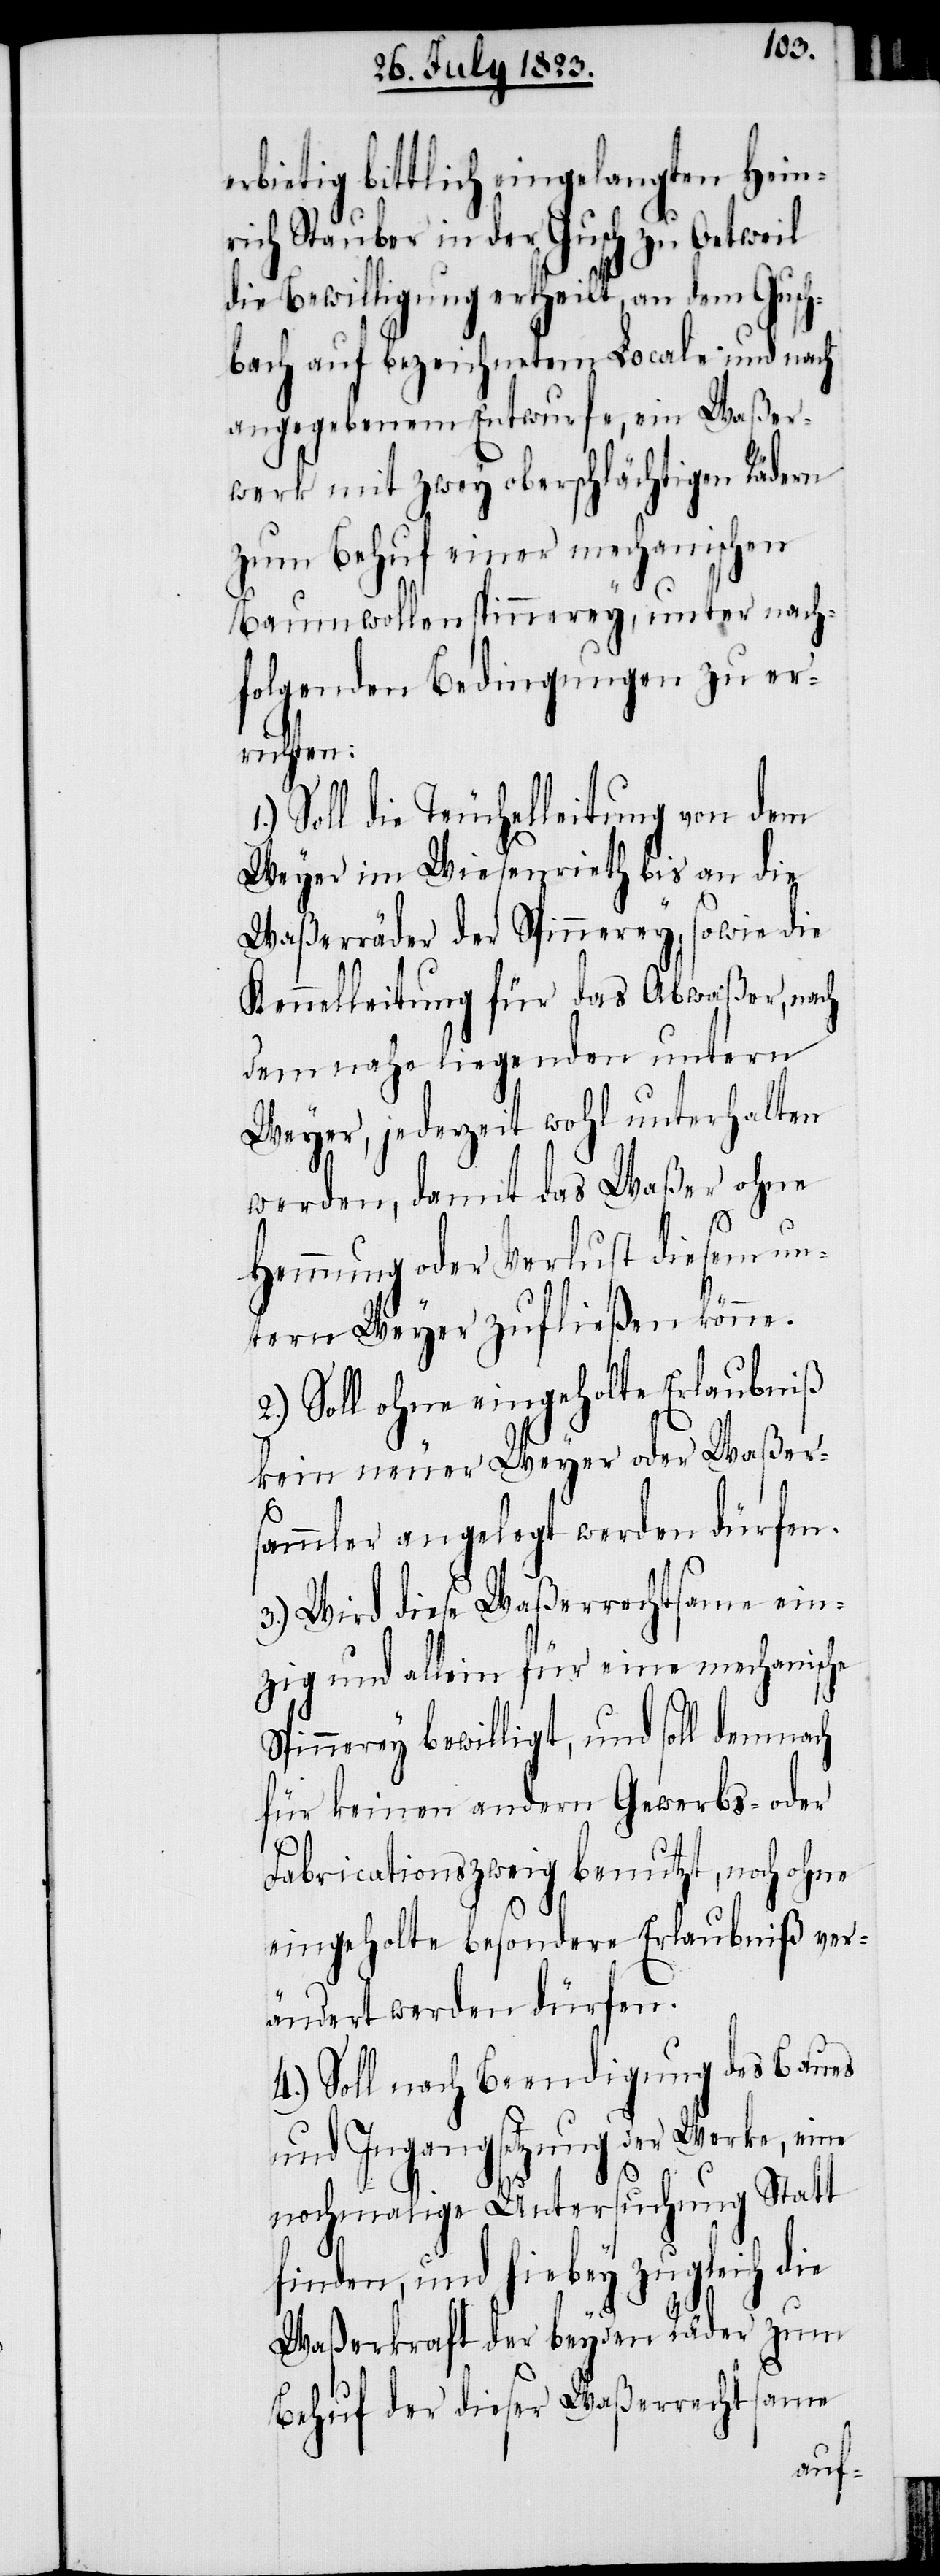
erbietig bittlich eingelangten Hein¬
rich Stauber in der Gusch zu Oetweil
die Bewilligung ertheilt, an dem Gusch¬
bach auf bezeichnetem Locale und nach
angegebenem Entwurfe, ein Waßer¬
werk mit zwey oberschlächtigen Rädern
zum Behuf einer mechanischen
Baumwollenspinnerey, unter nac¬
hfolgenden Bedingungen zu er¬
richten:
Soll die Teuchelleitung von dem
Weyer im Wiesenrieth bis an die
Waßerräder der Spinnerey, sowie die
Kennelleitung für das Abwaßer, nach
dem nahe liegenden untern
Weyer, jederzeit wohl unterhalten
werden, damit das Waßer ohne
Hemmung oder Verlust diesem un¬
tern Weyer zufließen könne.
2.) Soll ohne eingeholte Erlaubniß
kein neuer Weyer oder Waßer¬
sammler angelegt werden dürfen.
3.) Wird diese Waßerrechtsame ein¬
zig und allein für eine mechanische
Spinnerey bewilligt, und soll demnach
für keinen andern Gewerbs- oder
Fabricationszweig benutzt, noch ohne
eingeholte besondere Erlaubniß ver¬
ändert werden dürfen.
4.) Soll nach Beendigung des Baues
und Ingangsetzung der Werke, eine
nochmalige Untersuchung Statt
finden, und hiebey zugleich die
Waßerkraft der beyden Räder zum
Behuf der dieser Waßerrechtsame